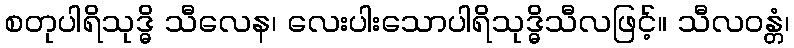
စတုပါရိသုဒ္ဓိ သီလေန၊ လေးပါးသောပါရိသုဒ္ဓိသီလဖြင့်။ သီလဝန္တံ၊